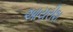
આયરીશ